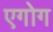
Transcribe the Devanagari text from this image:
एगोग